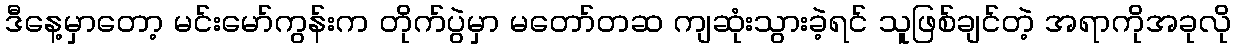
ဒီနေ့မှာတော့ မင်းမော်ကွန်းက တိုက်ပွဲမှာ မတော်တဆ ကျဆုံးသွားခဲ့ရင် သူဖြစ်ချင်တဲ့ အရာကိုအခုလို